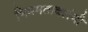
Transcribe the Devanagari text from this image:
भिन्नमतावलंबी